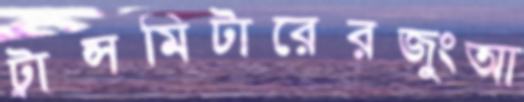
ট্রান্সমিটারেরজুংআ